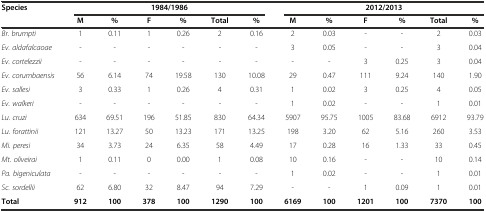
<table><thead><tr><td><b>Species</b></td><td colspan="6"><b>1984/1986</b></td><td colspan="6"><b>2012/2013</b></td></tr><tr><td></td><td><b>M</b></td><td><b>%</b></td><td><b>F</b></td><td><b>%</b></td><td><b>Total</b></td><td><b>%</b></td><td><b>M</b></td><td><b>%</b></td><td><b>F</b></td><td><b>%</b></td><td><b>Total</b></td><td><b>%</b></td></tr></thead><tbody><tr><td><i>Br. brumpti</i></td><td>1</td><td>0.11</td><td>1</td><td>0.26</td><td>2</td><td>0.16</td><td>2</td><td>0.03</td><td>-</td><td>-</td><td>2</td><td>0.03</td></tr><tr><td><i>Ev. aldafalcaoae</i></td><td>-</td><td>-</td><td>-</td><td>-</td><td>-</td><td>-</td><td>3</td><td>0.05</td><td>-</td><td>-</td><td>3</td><td>0.04</td></tr><tr><td><i>Ev. cortelezzii</i></td><td>-</td><td>-</td><td>-</td><td>-</td><td>-</td><td>-</td><td>-</td><td>-</td><td>3</td><td>0.25</td><td>3</td><td>0.04</td></tr><tr><td><i>Ev. corumbaensis</i></td><td>56</td><td>6.14</td><td>74</td><td>19.58</td><td>130</td><td>10.08</td><td>29</td><td>0.47</td><td>111</td><td>9.24</td><td>140</td><td>1.90</td></tr><tr><td><i>Ev. sallesi</i></td><td>3</td><td>0.33</td><td>1</td><td>0.26</td><td>4</td><td>0.31</td><td>1</td><td>0.02</td><td>3</td><td>0.25</td><td>4</td><td>0.05</td></tr><tr><td><i>Ev. walkeri</i></td><td>-</td><td>-</td><td>-</td><td>-</td><td>-</td><td>-</td><td>1</td><td>0.02</td><td>-</td><td>-</td><td>1</td><td>0.01</td></tr><tr><td><i>Lu. cruzi</i></td><td>634</td><td>69.51</td><td>196</td><td>51.85</td><td>830</td><td>64.34</td><td>5907</td><td>95.75</td><td>1005</td><td>83.68</td><td>6912</td><td>93.79</td></tr><tr><td><i>Lu. forattinii</i></td><td>121</td><td>13.27</td><td>50</td><td>13.23</td><td>171</td><td>13.25</td><td>198</td><td>3.20</td><td>62</td><td>5.16</td><td>260</td><td>3.53</td></tr><tr><td><i>Mi. peresi</i></td><td>34</td><td>3.73</td><td>24</td><td>6.35</td><td>58</td><td>4.49</td><td>17</td><td>0.28</td><td>16</td><td>1.33</td><td>33</td><td>0.45</td></tr><tr><td><i>Mt. oliveirai</i></td><td>1</td><td>0.11</td><td>0</td><td>0.00</td><td>1</td><td>0.08</td><td>10</td><td>0.16</td><td>-</td><td>-</td><td>10</td><td>0.14</td></tr><tr><td><i>Pa. bigeniculata</i></td><td>-</td><td>-</td><td>-</td><td>-</td><td>-</td><td>-</td><td>1</td><td>0.02</td><td>-</td><td>-</td><td>1</td><td>0.01</td></tr><tr><td><i>Sc. sordellii</i></td><td>62</td><td>6.80</td><td>32</td><td>8.47</td><td>94</td><td>7.29</td><td>-</td><td>-</td><td>1</td><td>0.09</td><td>1</td><td>0.01</td></tr><tr><td><b>Total</b></td><td><b>912</b></td><td><b>100</b></td><td><b>378</b></td><td><b>100</b></td><td><b>1290</b></td><td><b>100</b></td><td><b>6169</b></td><td><b>100</b></td><td><b>1201</b></td><td><b>100</b></td><td><b>7370</b></td><td><b>100</b></td></tr></tbody></table>